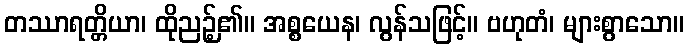
တဿာရတ္တိယာ၊ ထိုညဉ့်၏။ အစ္စယေန၊ လွန်သဖြင့်။ ဗဟုတံ၊ များစွာသော။